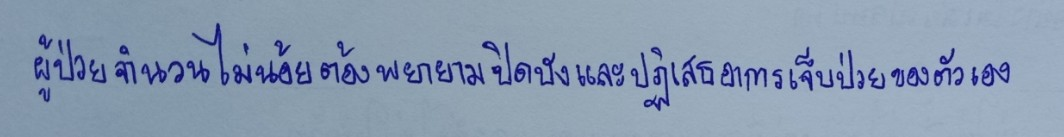
ผู้ป่วยจำนวนไม่น้อยต้องพยายามปิดบังและปฏิเสธอาการเจ็บป่วยของตัวเอง